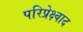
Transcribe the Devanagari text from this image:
परिप्रेक्ष्वाद